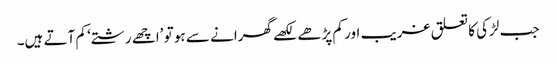
جب لڑکی کا تعلق غریب اور کم پڑھے لکھے گھرانے سے ہو تو ’اچھے رشتے‘ کم آتے ہیں۔